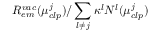
R _ { e m } ^ { v a c } ( \mu _ { c l p } ^ { j } ) / \sum _ { l \neq j } \kappa ^ { l } N ^ { l } ( \mu _ { c l p } ^ { j } )